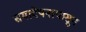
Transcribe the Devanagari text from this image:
समावेषनापासून